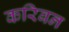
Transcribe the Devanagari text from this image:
करिबन